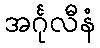
အင်္ဂုလီနံ